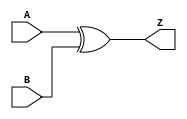
`timescale 1ns / 1ps
//////////////////////////////////////////////////////////////////////////////////
// Company: 
// Engineer: 
// 
// Design Name: 
// Module Name:    XOR 
// Project Name: 
// Target Devices: 
// Tool versions: 
// Description: 
//
// Dependencies: 
//
// Revision: 
// Revision 0.01 - File Created
// Additional Comments: 
//
//////////////////////////////////////////////////////////////////////////////////
module XOR(
    input [7:0] A,
    input [7:0] B,
    output [7:0] Z
    );
	assign Z=A^B;

endmodule